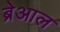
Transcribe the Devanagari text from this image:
ब्रेआल